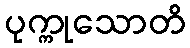
ပုက္ကုသောတိ